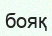
бояқ